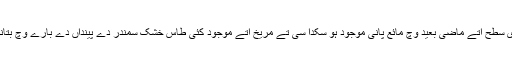
مریخ دی سطح اُتے ماضی بعید وچ مائع پانی موجود ہو سکدا سی تے مریخ اُتے موجود کئی طاس خشک سمندر دے پینداں دے بارے وچ بتاندے نيں۔